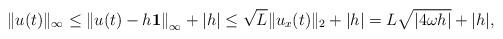
LaTeX: \begin{align*}\| u(t) \|_{\infty}&\le \left\| u(t) - h \mathbf{1} \right\|_{\infty} + \left| h \right| \le \sqrt{L} \| u_x (t) \|_2 + | h |= L \sqrt{| 4 \omega h |} + | h|,\end{align*}